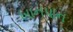
ખાનપાન